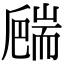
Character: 𦓙